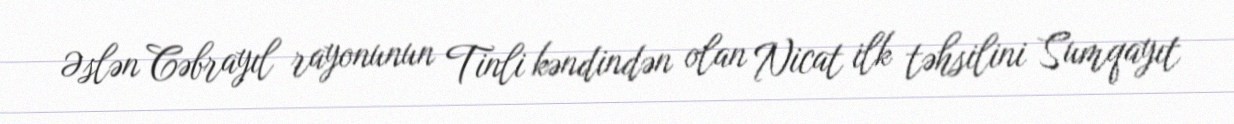
Əslən Cəbrayıl rayonunun Tinli kəndindən olan Nicat ilk təhsilini Sumqayıt